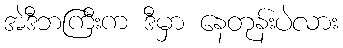
အဲဒီဘကြီးက ဒီမှာ နေတုန်းပဲလား